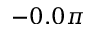
- 0 . 0 \pi